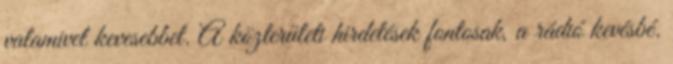
valamivel kevesebbet. A közterületi hirdetések fontosak, a rádió kevésbé.